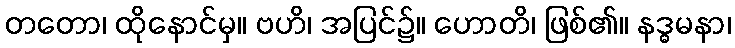
တတော၊ ထိုနောင်မှ။ ဗဟိ၊ အပြင်၌။ ဟောတိ၊ ဖြစ်၏။ နဒ္ဓမနာ၊